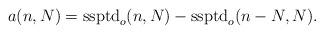
LaTeX: \begin{align*}a(n, N) = \textup{ssptd}_{o}(n, N) - \textup{ssptd}_{o}(n-N, N).\end{align*}